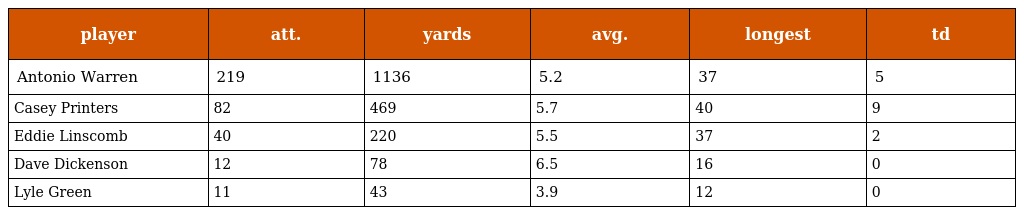
| player | att. | yards | avg. | longest | td |
 | --- | --- | --- | --- | --- | --- |
 | Antonio Warren | 219 | 1136 | 5.2 | 37 | 5 |
 | Casey Printers | 82 | 469 | 5.7 | 40 | 9 |
 | Eddie Linscomb | 40 | 220 | 5.5 | 37 | 2 |
 | Dave Dickenson | 12 | 78 | 6.5 | 16 | 0 |
 | Lyle Green | 11 | 43 | 3.9 | 12 | 0 |